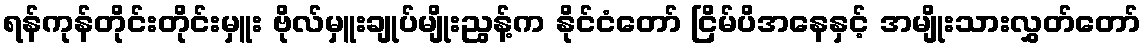
ရန်ကုန်တိုင်းတိုင်းမှူး ဗိုလ်မှူးချုပ်မျိုးညွန့်က နိုင်ငံတော် ငြိမ်ပိအနေနှင့် အမျိုးသားလွှတ်တော်